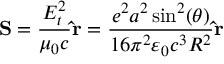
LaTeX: \mathbf { S } = { \frac { E _ { t } ^ { 2 } } { \mu _ { 0 } c } } \mathbf { \hat { r } } = { \frac { e ^ { 2 } a ^ { 2 } \sin ^ { 2 } ( \theta ) } { 1 6 \pi ^ { 2 } \varepsilon _ { 0 } c ^ { 3 } R ^ { 2 } } } \mathbf { \hat { r } }